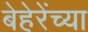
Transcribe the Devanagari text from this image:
बेहेरेंच्या